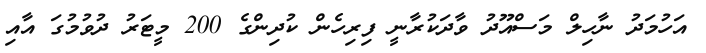
އަހުމަދު ނާހިލް މަސްއޫދު ވާދަކުރާނީ ފިރިހެން ކުދިންގެ 200 މީޓަރު ދުވުމުގަ އާއި